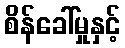
စိန်ခေါ်မှုနှင့်